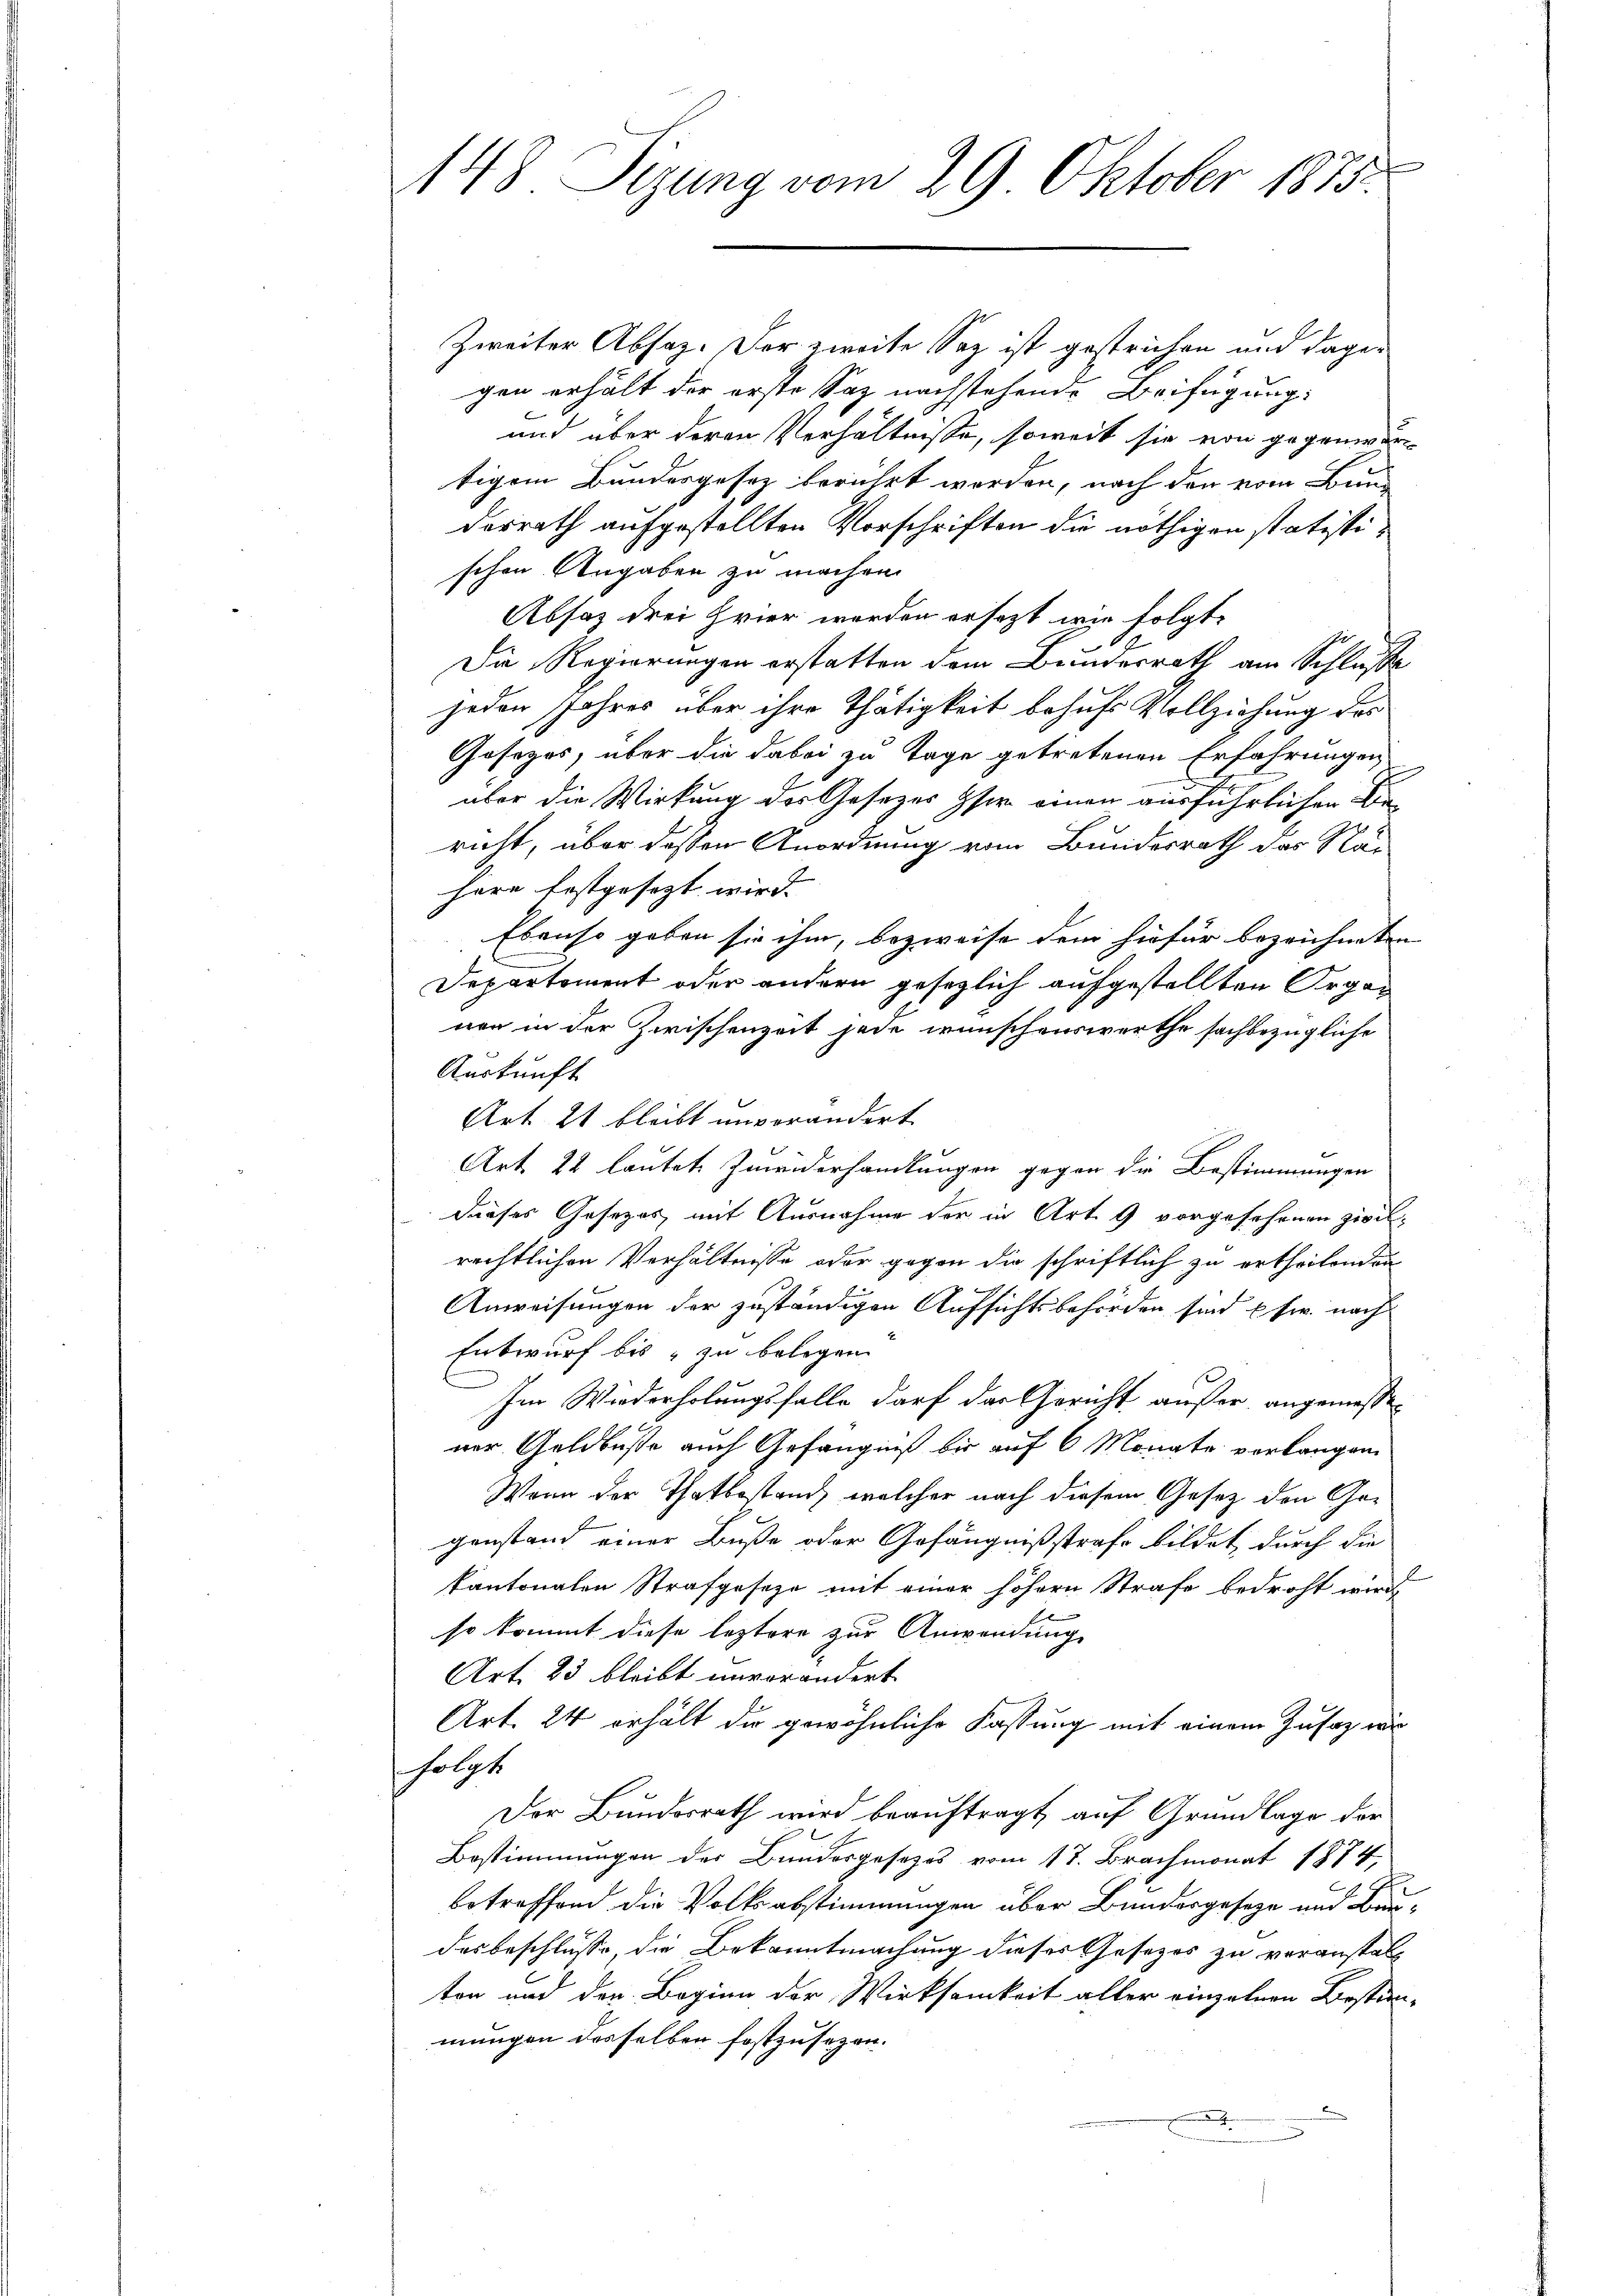
148. Sizung vom 29 Oktober 1875.

Zweiter Absaz. Der zweite Soz ist gestrichen und dagegen erhält der erste Saz nachstehende Beifügung:
und über deren Verhältnisse, soweit sie von gegenwär
tigem Bundesgesetz berührt werden, nach den vom Bun-
desrath aufgestellten Vorschriften die nöthigen statistischen Angaben zu machen.
Absaz drei Hier werden ersezt wie folgt.
Die Regierungen erstatten dem Bundesrath am Schluße
jeden Jahres über ihre Thätigkeit behufs Vollziehung des
Gesetzes, über die dabei zu Tage getretenen Erfahrungen
über die Wirkung der Gesetzes ser einen ausführlichen Die
richt, über dessen Anordnung vom Bundesrath das Nad
here festgesezt wird. |
Ebenso geben sie ihm, bezweife dem hiefür bezeichneten
Departement oder andern gesezlich aufgestellten Organ
nen in der Zwischenzeit jede wünschenswerthe sachbezügliche
Auskunft
Art. 21 bleibt unverändert
Art. 22 lautete Zweiderhandlungen gegen die Bestimmungen
dieses Gesezes mit Ausnahme der in Art. 9 vorgesehenen Zivilrechtlichen Verhältnisse oder gegen die schriftlich zu ertheilenden
Anweisungen der zuständigen Aufsichtsbehörden sind usw. nach
Entwurf bis zu belegen.
Im Wiederholungsfalle darf das Gericht außer angemessener Geldbuße auch Gefängniß bis auf 6 Monate verlangen
Wenn der Thatbestand, welcher nach diesem Gesetz den Gegenstand einer Buße oder Gefängnißstrafe bildet, durch die
kantonalen Strafgeseze mit einer höhern Strafe bedroht wird,
so kommt diese leztere zur Anwendung
Art. 23 bleibt unverändert
Art. 24 erhält die gewöhnliche Fassung mit einem Zusatz wi
folgt
Der Bundesrath wird beauftragt, auf Grundlage der
Bestimmungen des Bundergesetzes vom 17. Brachmonat 1874,
betreffend die Volksabstimmungen über Bundesgeseze und Bau-
des beschlüsse, die Bekanntmachung dieser Gesezes zu veranstalton und der Beginn der Wirksamkeit aller einzelnen Bestim-
mungen desselben festzusetzen.